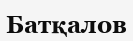
Батқалов